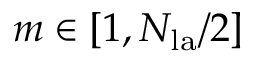
m \in [ 1 , N _ { \mathrm { l a } } / 2 ]